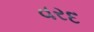
વરદ